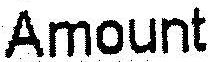
AMOUNT